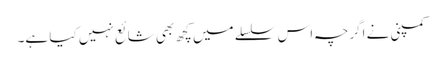
کمپنی نے اگرچہ اس سلسلے میں کچھ بھی شائع نہیں کیا ہے۔